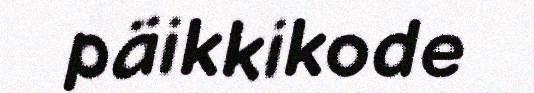
päikkikode